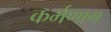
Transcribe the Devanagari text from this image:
कर्मणाम